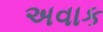
અવાક